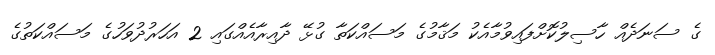
ގެ ސަނަދެއް ހާސިލުކޮށްފައިވުމާއެކު މަޤާމުގެ މަސައްކަތާ ގުޅޭ ދާއިރާއެއްގައި 2 އަހަރުދުވަހުގެ މަސައްކަތުގެ